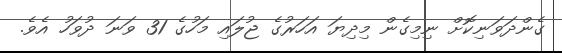
ގެންދަވަނިކޮށް ނިމިގެން މިދިޔަ އަހަރުގެ ޖުލައި މަހުގެ 31 ވަނަ ދުވަހު އެވެ.